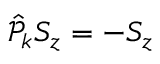
\hat { \mathcal P } _ { k } S _ { z } = - S _ { z }